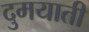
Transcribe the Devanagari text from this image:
दुमयाती